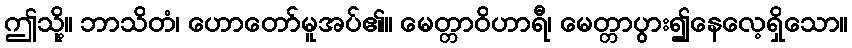
ဤသို့။ ဘာသိတံ၊ ဟောတော်မူအပ်၏။ မေတ္တာဝိဟာရီ၊ မေတ္တာပွား၍နေလေ့ရှိသော။